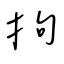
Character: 拘